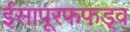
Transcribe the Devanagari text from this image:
ईसापूरफफड़्व